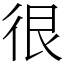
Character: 很